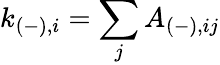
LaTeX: k_{(-),i}=\sum_{j}A_{(-),ij}